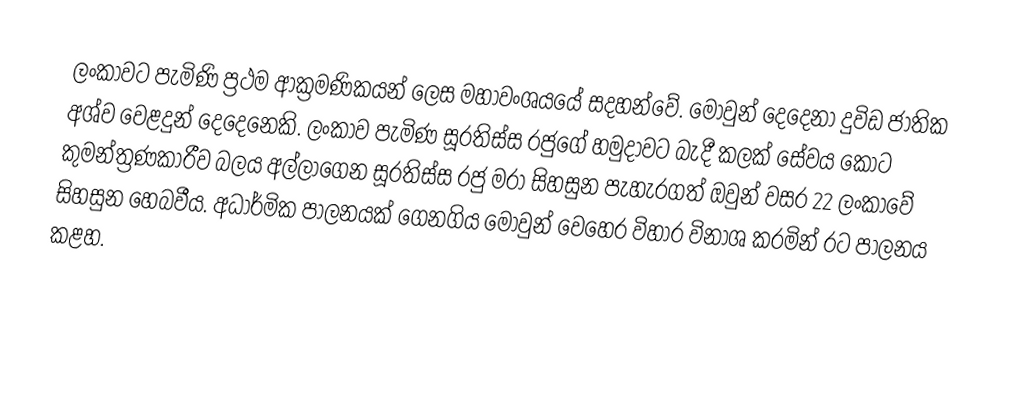
ලංකාවට පැමිණි ප්‍රථම ආක්‍රමණිකයන් ලෙස මහාවංශයයේ සදහන්වේ. මොවුන් දෙදෙනා දුවිඩ ජාතික අශ්ව වෙළදුන් දෙදෙනෙකි. ලංකාව පැමිණ සූරතිස්ස රජුගේ හමුදාවට බැදී කලක් සේවය කොට කුමන්ත්‍රණකාරීව බලය අල්ලාගෙන සූරතිස්ස රජු මරා සිහසුන පැහැරගත් ඔවුන් වසර 22 ලංකාවේ සිහසුන හෙබවීය. අධාර්මික පාලනයක් ගෙනගිය මොවුන් වෙහෙර විහාර විනාශ කරමින් රට පාලනය කළහ.